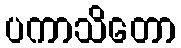
ပကာသိတော